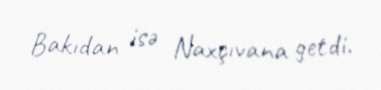
Bakıdan isə Naxçıvana getdi.